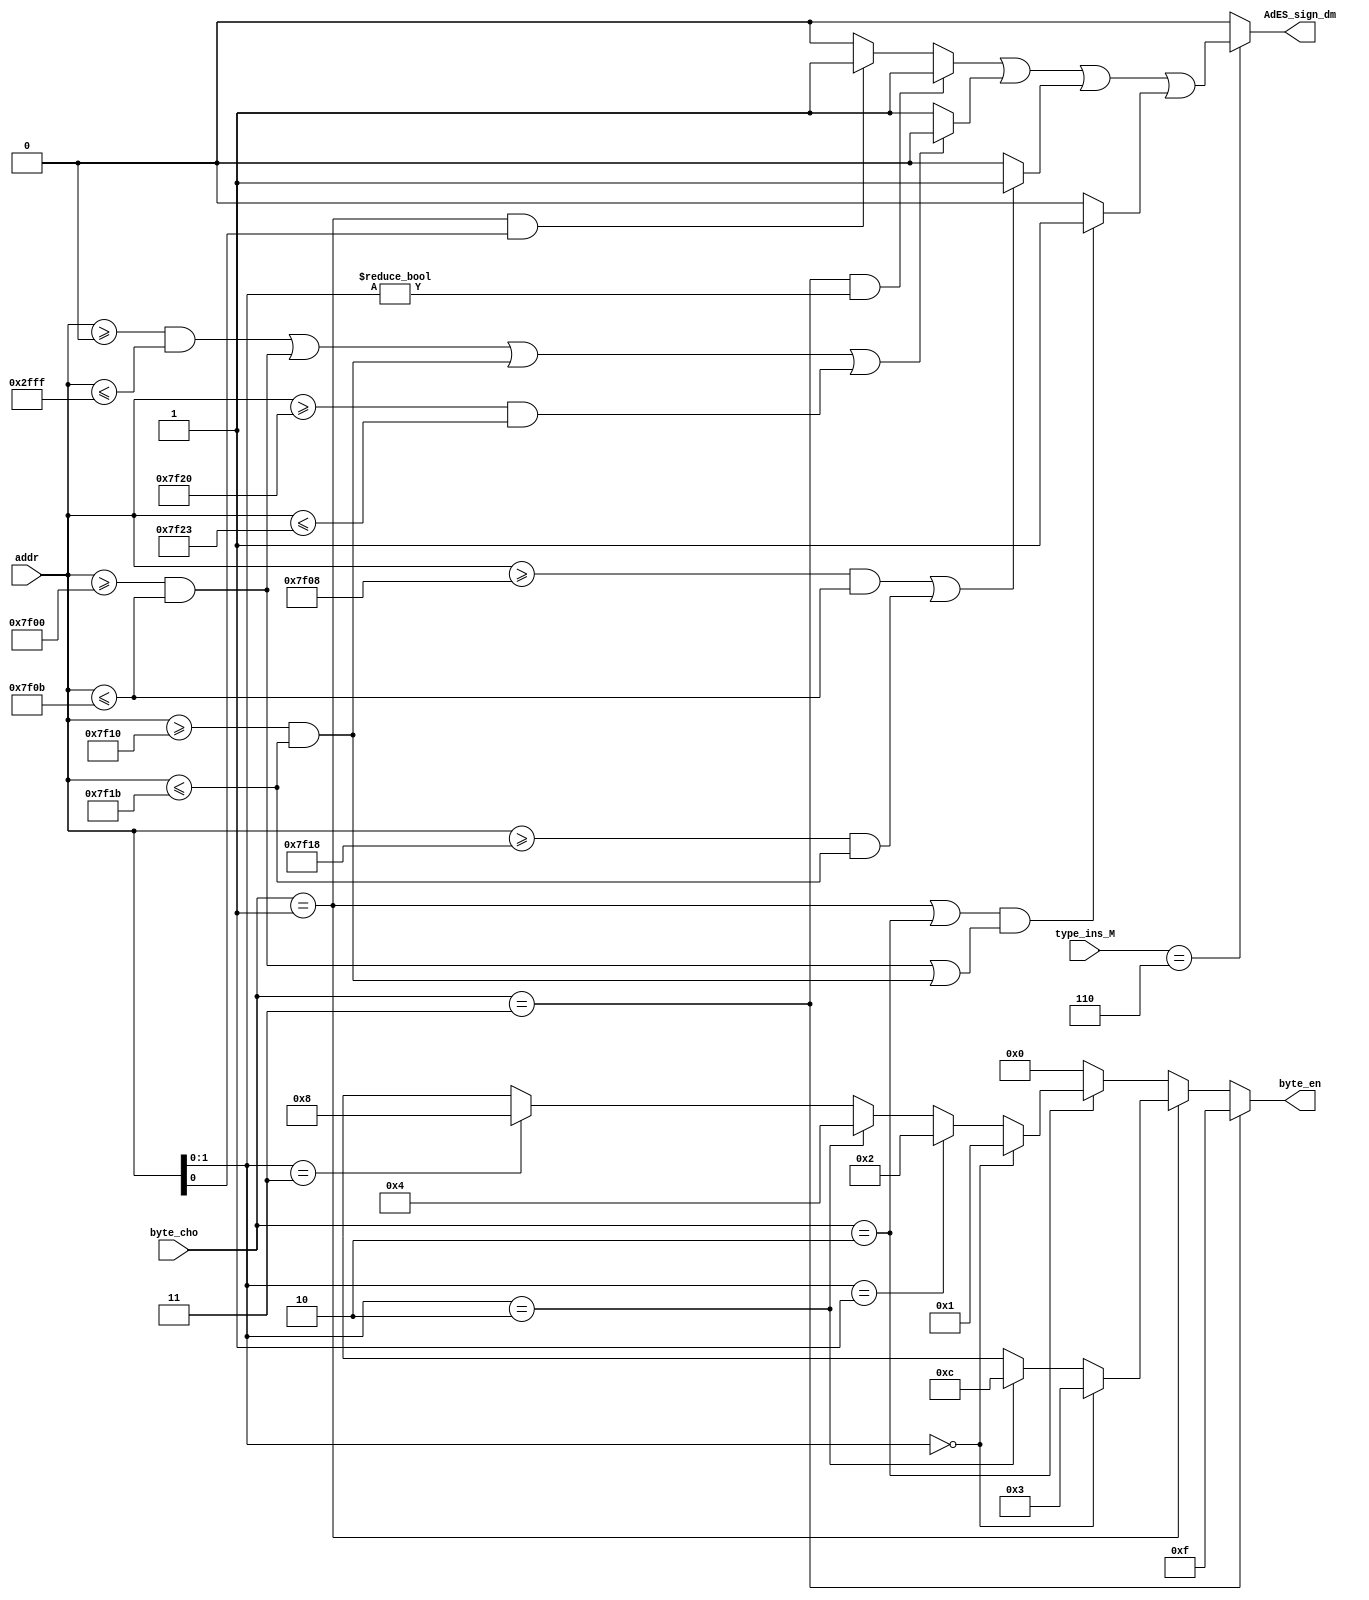
module BE (
    input [1:0]byte_cho,//
    input [31:0]addr,//
    output [3:0]byte_en,//
    input [2:0]type_ins_M,
    output AdES_sign_dm
//BEstore
);
parameter dm_start=32'h0000_0000;
parameter dm_end=32'h0000_2fff;
parameter t0_start=32'h0000_7f00;
parameter t0_end=32'h0000_7f0b;
parameter t1_start=32'h0000_7f10;
parameter t1_end=32'h0000_7f1b;
parameter int_start=32'h0000_7F20;
parameter int_end=32'h0000_7F23;
wire [1:0]order;
assign order=addr[1:0];
assign byte_en=(byte_cho==2'b11)?4'b1111:
               (byte_cho==2'b01)?(
                    (order==2'b00)?4'b0011:
                    (order==2'b10)?4'b1100:4'bxxxx
               ):
               (byte_cho==2'b10)?(
                    (order==2'b00)?4'b0001:
                    (order==2'b01)?4'b0010:
                    (order==2'b10)?4'b0100:
                    (order==2'b11)?4'b1000:4'bxxxx
               ):4'b0000;
wire byte_wrong;
assign byte_wrong=(byte_cho==2'b11&&order!=2'b0)?1'b1:
                 (byte_cho==2'b01&&order[0]!=1'b0)?1'b1:1'b0;
wire range_wrong;
assign range_wrong=(addr>=dm_start&&addr<=dm_end)||
                   (addr>=t0_start&&addr<=t0_end)||
                   (addr>=t1_start&&addr<=t1_end)||
                   (addr>=int_start&&addr<=int_end)?1'b0:1'b1;
wire store_count;
assign store_count=(addr>=(t0_start+8)&&addr<=t0_end)||(addr>=(t1_start+8)&&addr<=t1_end)?1'b1:1'b0;
wire BorHforTime;
assign BorHforTime=(byte_cho==2'b01||byte_cho==2'b10)&&
((addr>=t0_start&&addr<=t0_end)||(addr>=t1_start&&addr<=t1_end))?1'b1:1'b0;

assign AdES_sign_dm=(type_ins_M==3'b110)?(byte_wrong||range_wrong||store_count||BorHforTime):1'b0;


endmodule //BExie